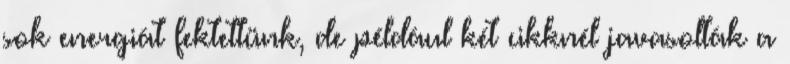
sok energiát fektettünk, de például két cikknél javasolták a